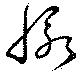
脈